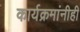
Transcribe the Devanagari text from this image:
कार्यक्रमांनीही